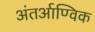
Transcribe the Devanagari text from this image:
अंतर्आण्विक